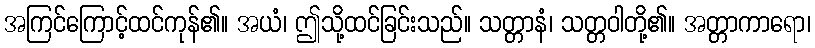
အကြင်ကြောင့်ထင်ကုန်၏။ အယံ၊ ဤသို့ထင်ခြင်းသည်။ သတ္တာနံ၊ သတ္တဝါတို့၏။ အတ္တာကာရော၊